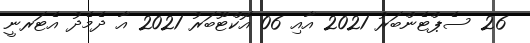
26 ސެޕްޓެންބަރު 2021 އާއި 06 އޮކްޓޫބަރު 2021 އާ ދެމެދު އެޓަރނީ